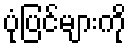
ပုံပြင်များကို